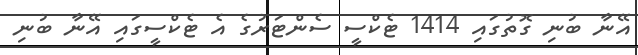
އޭނާ ބުނި ގޮތުގައި 1414 ޓެކްސީ ސެންޓަރުގެ އެ ޓެކްސީގައި އޭނާ ބުނި